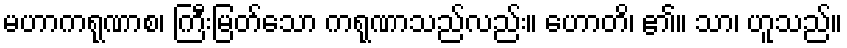
မဟာကရုဏာစ၊ ကြီးမြတ်သော ကရုဏာသည်လည်း။ ဟောတိ၊ ၏။ သာ၊ ဟူသည်။